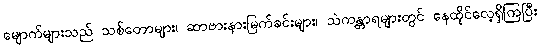
မျောက်များသည် သစ်တောများ၊ ဆာဗားနားမြက်ခင်းများ၊ သဲကန္တာရများတွင် နေထိုင်လေ့ရှိကြပြီး